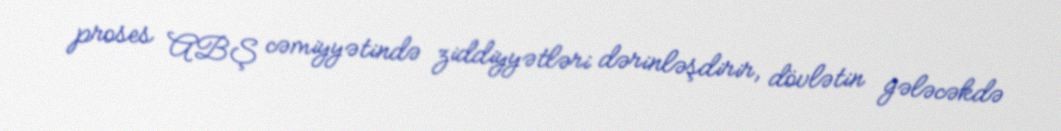
proses ABŞ cəmiyyətində ziddiyyətləri dərinləşdirir, dövlətin gələcəkdə